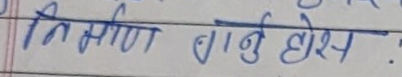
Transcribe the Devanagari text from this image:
तिर्सना गर्नु होस्